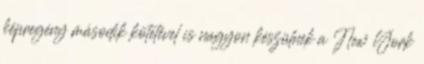
képregény második kötetével is nagyon készülnek a New York